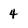
Character: 4